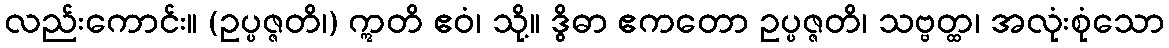
လည်းကောင်း။ (ဥပ္ပဇ္ဇတိ၊) ဣတိ ဧဝံ၊ သို့။ ဒွိဓာ ဧကတော ဥပ္ပဇ္ဇတိ၊ သဗ္ဗတ္ထ၊ အလုံးစုံသော